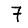
Digit: 7